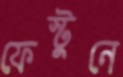
ফেস্টুনে